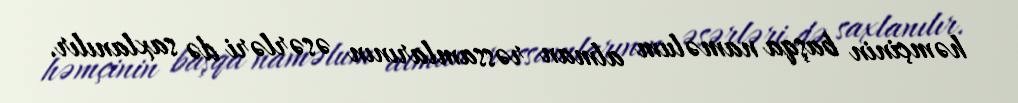
həmçinin başqa naməlum alman rəssamlarının əsərləri də saxlanılır.